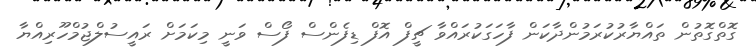
ގޮތްގޮތުން ތައްޔާރުކުރަމުންދާކަން ފާހަގަކުރައްވާ ޗީފް އޮފް ޑިފެންސް ފޯސް ވަނީ މިކަމަށް ރައީސުލްޖުމްހޫރިއްޔާ